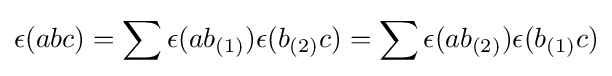
\epsilon (abc)=\sum \epsilon (ab_{(1)})\epsilon (b_{(2)}c)=\sum \epsilon (ab_{(2)})\epsilon (b_{(1)}c)